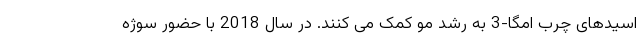
اسیدهای چرب امگا-3 به رشد مو کمک می کنند. در سال 2018 با حضور سوژه